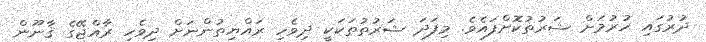
ދުރުގައި ހުރުމަށް ޝަރުތުކޮށްފައެވެ. މިފަދަ ޝަރުތުތަކަކީ ދިވެހި ރައްޔިތުންނަށް ދިވެހި ރާއްޖޭގެ ޤާނޫން